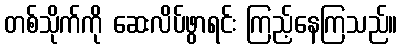
တစ်သိုက်ကို ဆေးလိပ်ဖွာရင်း ကြည့်နေကြသည်။